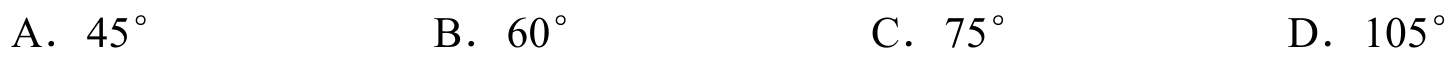
A．$45^{\circ}$  B．$60^{\circ}$  C．$75^{\circ}$  D．$105^{\circ}$